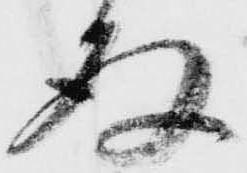
存